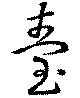
台